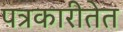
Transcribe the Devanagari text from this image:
पत्रकारीतेत